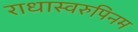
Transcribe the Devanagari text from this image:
राधास्वरुपिनम